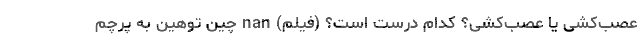
عصب‌کِشی یا عصب‌کُشی؟ کدام درست است؟ (فیلم) nan چین توهین به پرچم